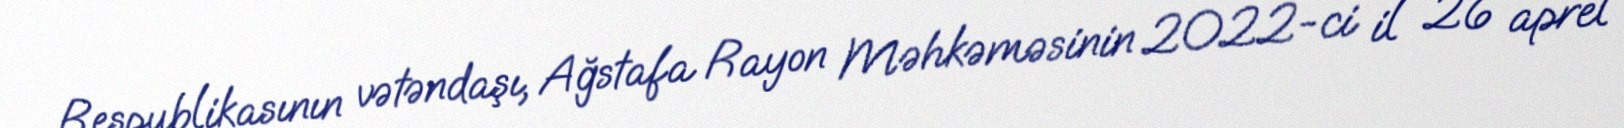
Respublikasının vətəndaşı, Ağstafa Rayon Məhkəməsinin 2022-ci il 26 aprel